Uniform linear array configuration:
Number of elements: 24
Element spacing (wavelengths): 0.5
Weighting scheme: uniform
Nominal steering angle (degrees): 45
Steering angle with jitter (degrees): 44.027
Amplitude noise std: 0.05
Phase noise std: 0.05

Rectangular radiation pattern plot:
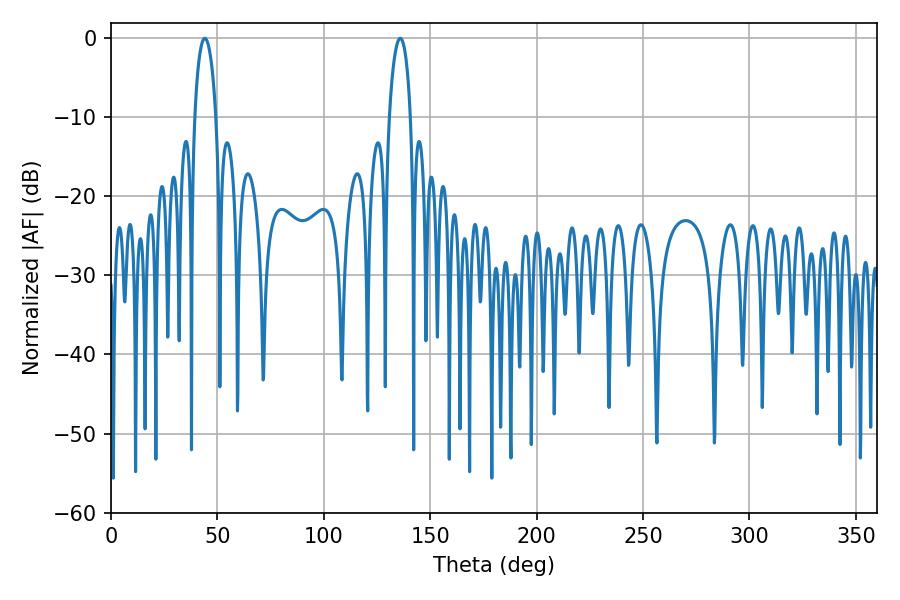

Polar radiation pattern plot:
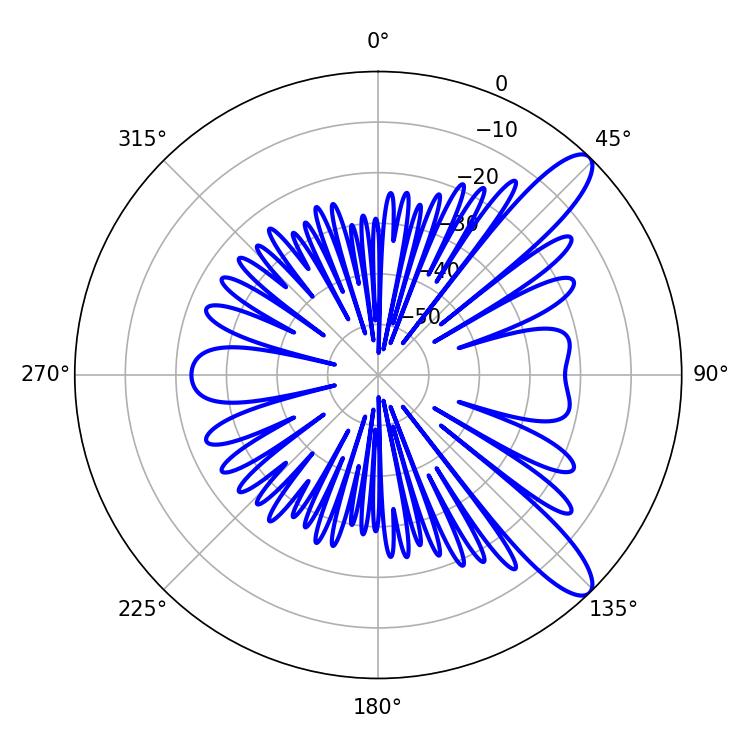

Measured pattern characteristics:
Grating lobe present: FALSE
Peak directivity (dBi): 11.01
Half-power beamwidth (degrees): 5.58
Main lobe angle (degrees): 44.1